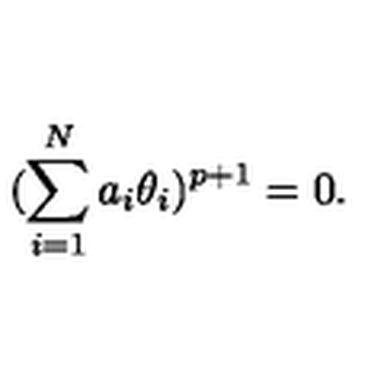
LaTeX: ( \sum _ { i = 1 } ^ { N } a _ { i } \theta _ { i } ) ^ { p + 1 } = 0 .